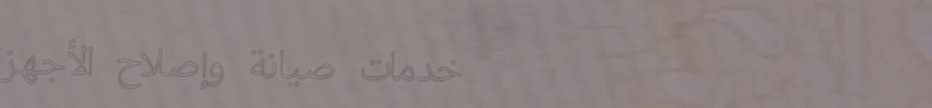
خدمات صيانة وإصلاح الأجهز